Leaving Certificate Examination, 1907
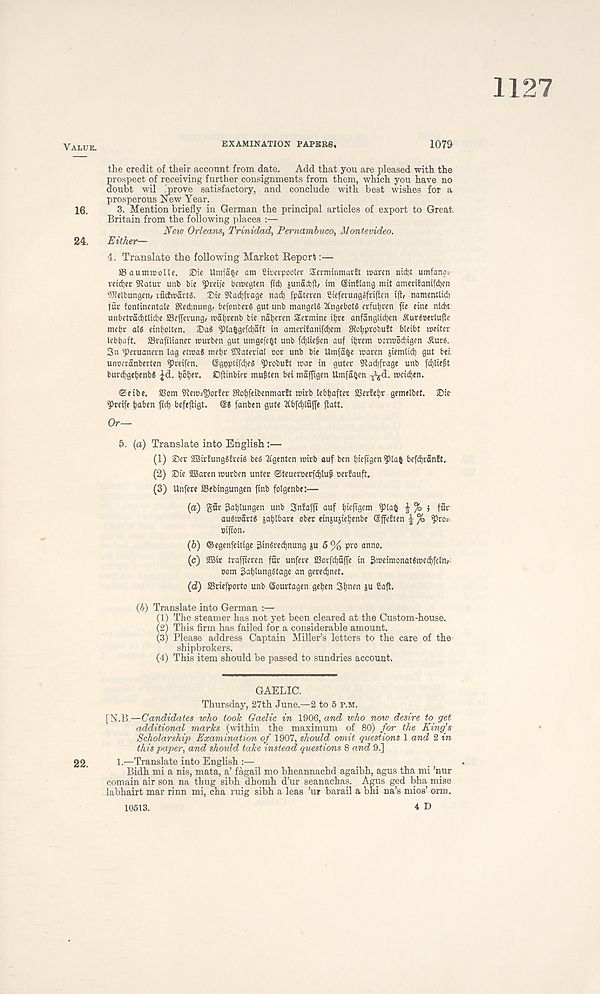
1127
Vaxue.
examination PAPERS.
107&
the credit of their account from date. Add that you are pleased with the
prospect of receiving further consignments from them, which you have no
doubt wil .prove satisfactory, and conclude with best wishes for a
prosperous New Year.
16, 3. Mention briefly in German the principal articles of export to Great
Britain from the following places :—
Neiv Orleans, Trinidad, Pernambuco, Montevideo.
24. Either—
4. Translate the following Market Report:—
SSaumroolle. SMe Um{a&e am fitceqpooler Serminmarft maren nid)t umfana-
vetdjer 9tatur unb bte ^rcifc bcmegten fid) junactlb im 6in!lang mit amcnfanifd)en
' Welbungen; indtrartg. X)ie £Rad)fragc nad) fpateren Sicfcrungofriftcn iff, namcntlid)
fur fontinentale SRcdjnung/ befonberS gut unb mangels 2lngebot$ erfuljren fie eine nld)t
isnbetrad)tlid)e Sefferung, rcaljrenb bie na^eren Sermine ifjre anfanglidjen SCur$»erlufle
metjr aid einbolten. Dad $>la$gefd)aft in amerifanifdjem Sioljprobuft bleibt meiter
lebljaft. SSrafilianer murben gut umgeje^t unb fdjliefen auf iljrem oormodiigen Aucs.
Sn ' peruanern lag etma* meljr SKaterial oor unb bie Umfafce maren jiemlid) gut bei.
unoeranberten 9>reifen. OgpptifdjeS ^robuft mar in guter 9tad)frage unb fdjlieft
burcfgebenbS ^d. Ijofjer. Dftinbier muften bei majfigen Umfa^en -jijd. meidjen.
©eibe. SSom 9tem=S)orfer Slofifeibenmarft mirb lebfjafter SSerfefjr gemelbet. Dm
’Preife tjaben fid) befeftigt. (56 fanben gute 2£bfd)lttffe jiatt.
Or—
5. (a) Translate into English:—
(1) Der SBiriungSireid bed 2fgenten mirb auf ben Ijiefigen ^3la^ befdjranft.
(2) Die 2Baren murben unter Steueroerfdjluf cerfauft.
(3) Unfere SSebingungen jtnb folgenbe:—
(a) gar ;kl)lungen unb Snfafft auf Ijieftgem ^la^ ^ , fur
audmartd jafjlbare ober etnjujie^enbe ©ffeften | ft
bifton.
(b) ©egenfeitige Sindred^nung }u 5 % pro anno.
(c) 2Bir traffieren fur unfere SSorfcijaffe in jlmeimonatdmecfjfeln/-
oom 3ai)iungdtage an gerec^net.
(d) SSriefporto unb Sourtagen geljen Sljnen ju Ca| t.
(b) Translate into German :—
(1) The steamer has not yet been cleared at the Custom-house.
(2) This firm has failed for a considerable amount.
(3) Please address Captain Miller’s letters to the care of the
shipbrokers.
(4) This item should be passed to sundries account.
GAELIC.
Thursday, 27th June.—2 to 5 p.m.
[N.B.—Candidates who took Gaelic in 1906, and who now desire to get
additional marks (within the maximum of 80) for the King’s
Scholarship Examination of 1907, should omit questions 1 and 2 in
this paper, and should take instead questions 8 and 9.]
22, 1.—Translate into English :—
.
Bidh mi a nis, mata, a’ fagail mo bheannachd agaibh, agus tha mi ’nur
comain air son na thug sibh dhomh d’ur seanachas. Agus ged bha mise
labhairt mar rinn mi, cha ruig sibh a leas ’ur barail a bhi na’s mios’ orm.
4 D
10513.